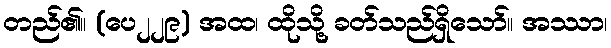
တည်၏။ (ပေ၂၂၉) အထ၊ ထိုသို့ ခတ်သည်ရှိသော်။ အဿာ၊